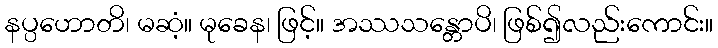
နပ္ပဟောတိ၊ မဆံ့။ မုခေန၊ ဖြင့်။ အဿသန္တောပိ၊ ဖြစ်၍လည်းကောင်း။